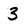
Character: 3